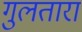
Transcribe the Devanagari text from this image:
गुलतारा